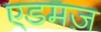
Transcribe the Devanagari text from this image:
एडमज़